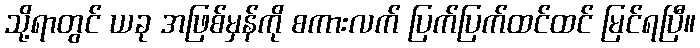
သို့ရာတွင် ယခု အဖြစ်မှန်ကို စကားလက် ပြက်ပြက်ထင်ထင် မြင်ရပြီ။